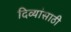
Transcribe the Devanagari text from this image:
दिव्यांसाठी